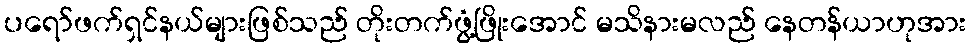
ပရော်ဖက်ရှင်နယ်များဖြစ်သည် တိုးတက်ဖွံ့ဖြိုးအောင် မသိနားမလည် နေတန်ယာဟုအား